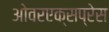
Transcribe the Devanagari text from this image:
ओवरएक्सप्रेस